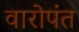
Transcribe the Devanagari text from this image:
वारोपंत